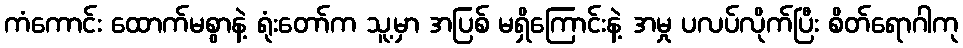
ကံကောင်း ထောက်မစွာနဲ့ ရုံးတော်က သူ့မှာ အပြစ် မရှိကြောင်းနဲ့ အမှု ပလပ်လိုက်ပြီး စိတ်ရောဂါကု